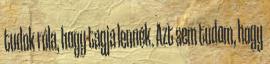
tudok róla, hogy tagja lennék. Azt sem tudom, hogy